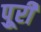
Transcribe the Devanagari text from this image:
पुूरी